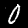
Digit: 0